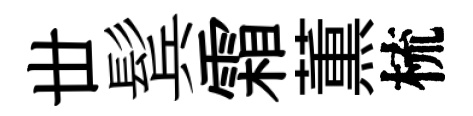
丗鬂霜薫梳